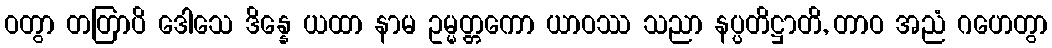
ဝတွာ တတြာပိ ဒေါသေ ဒိန္နေ ယထာ နာမ ဥမ္မတ္တကော ယာဝဿ သညာ နပ္ပတိဋ္ဌာတိ, တာဝ အညံ ဂဟေတွာ